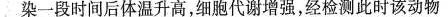
染一段时间后体温升高，细胞代谢增强，经检测此时该动物